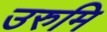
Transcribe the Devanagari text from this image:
उरुमि